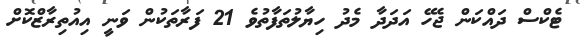
ޓެކްސް ދައްކަން ޖެހޭ އަދަދާ މެދު ހިޔާލުތަފާތުވެ 21 ފަރާތަކުން ވަނީ އިއުތިރާޒްކޮށް